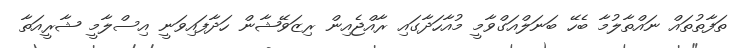
ތަފާތުތައް ނައްތާލުމާ ބެހޭ ބަނަލްއަގްވާމީ މުއާހަދާގައި ރާއްޖެއިން ރިޒަވޭޝާން ހަދާފައިވަނީ އިސްލާމީ ޝާރީއަތާ